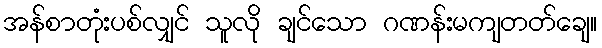
အန်စာတုံးပစ်လျှင် သူလို ချင်သော ဂဏန်းမကျတတ်ချေ။